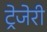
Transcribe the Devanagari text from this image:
ट्रेजेरी